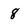
Character: 8